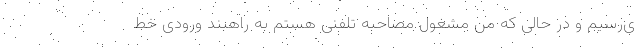
ی‌رسیم و در حالی که من مشغول مصاحبه تلفنی هستم به راهبند ورودی خط